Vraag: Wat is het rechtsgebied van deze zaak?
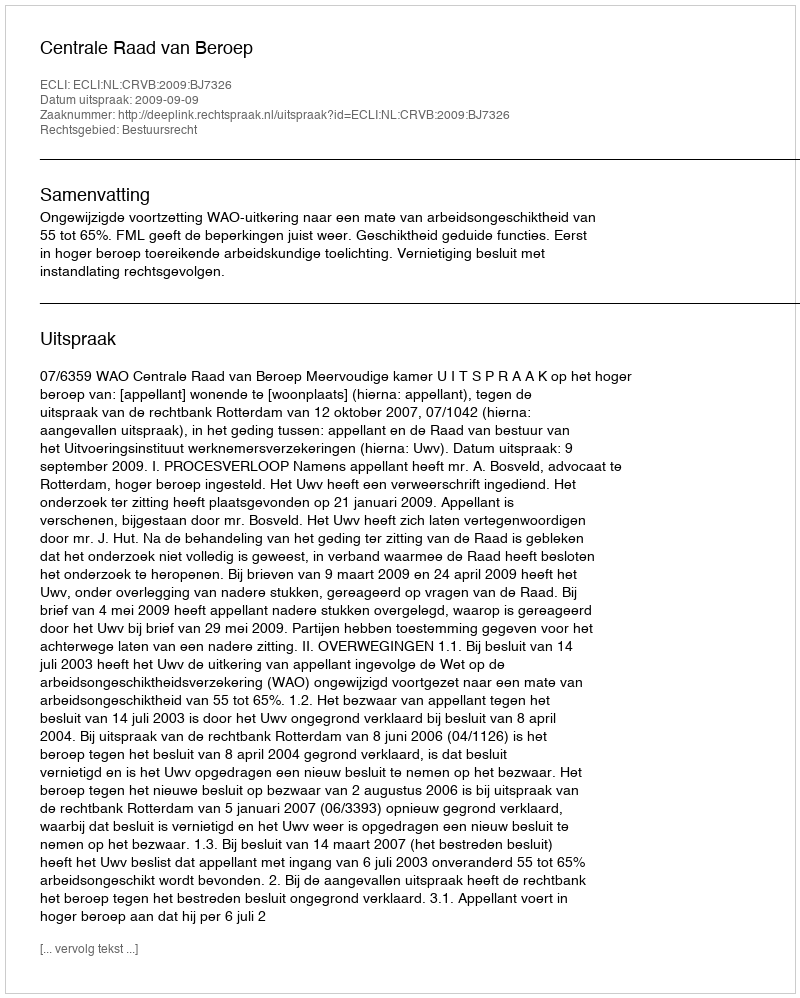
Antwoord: Bestuursrecht